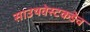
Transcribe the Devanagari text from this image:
साउथवेस्टकडेच